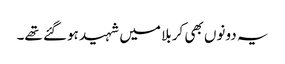
یہ دونوں بھی کربلا میں شہید ہوگئے تھے۔